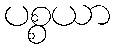
ပစ္စယာ